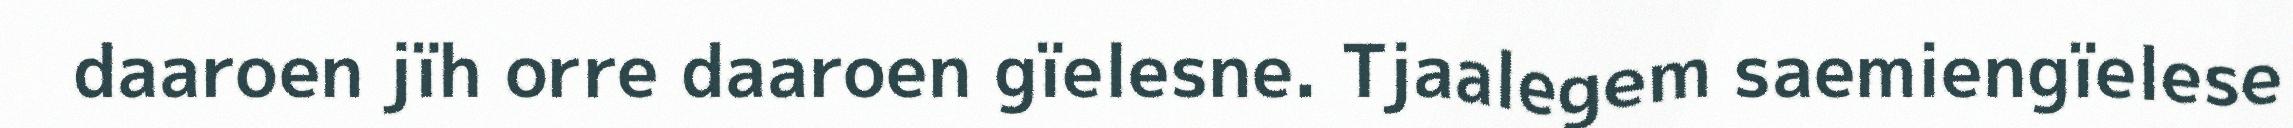
daaroen jïh orre daaroen gïelesne. Tjaalegem saemiengïelese